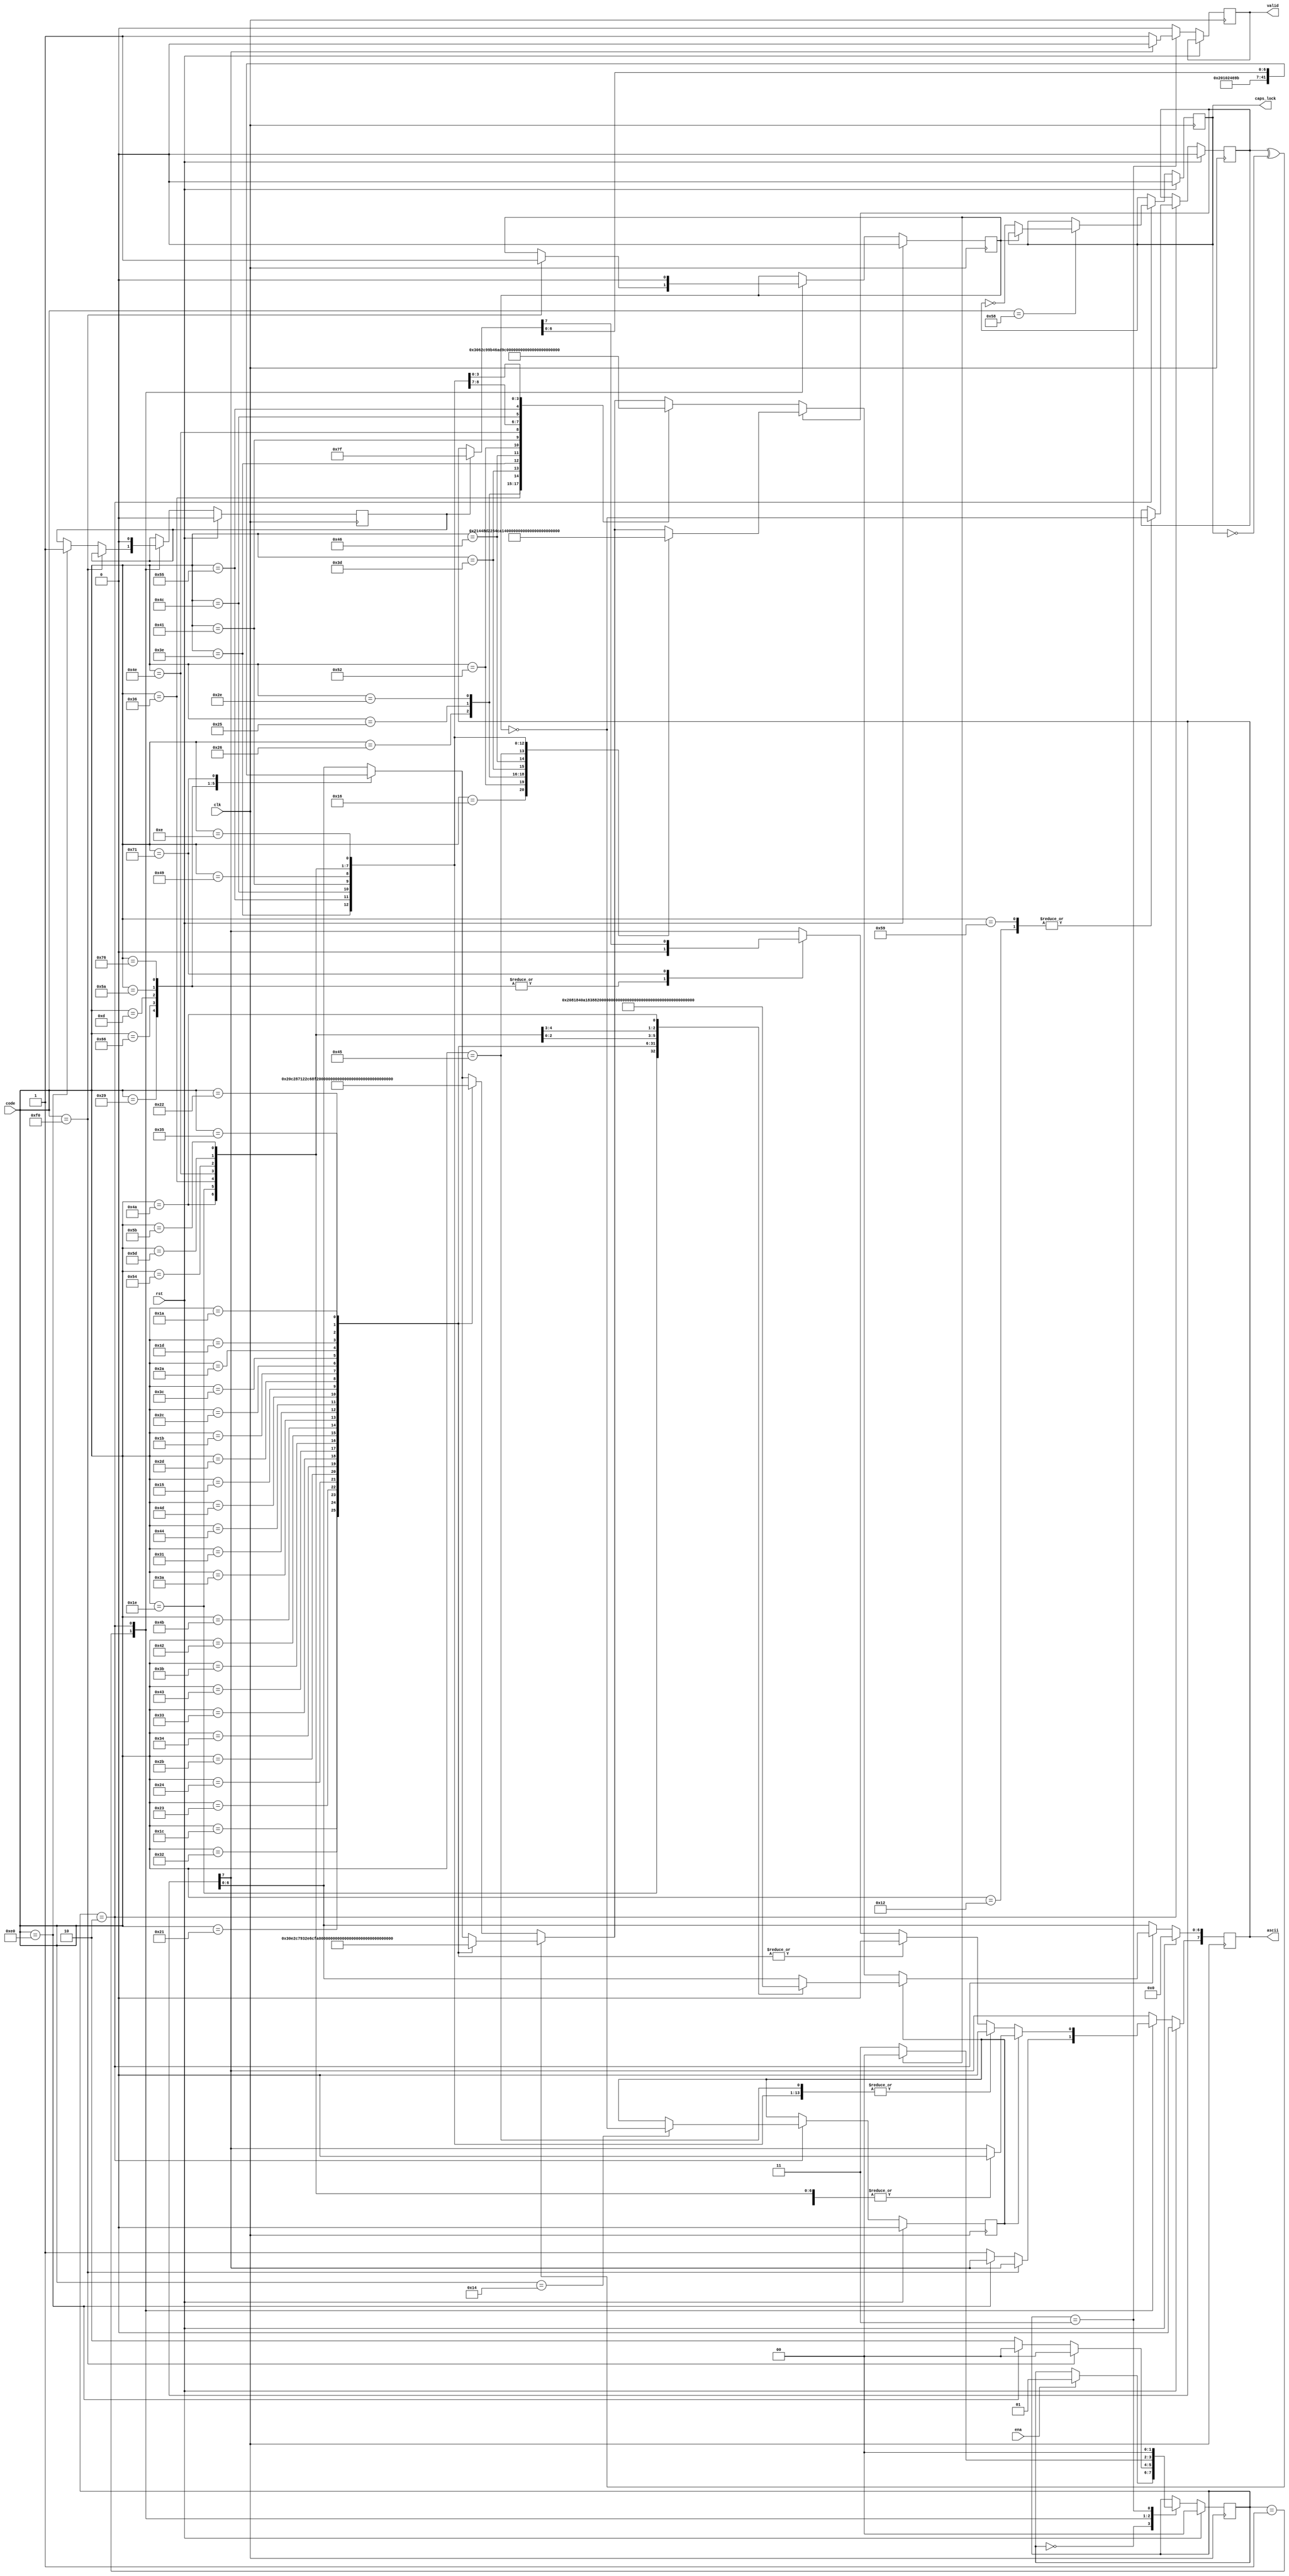
// This program was cloned from: https://github.com/emeb/up5k_basic
// License: MIT License

// ps2_decode.v - ps2 decoder submodule
// 05-30-19 E. Brombaugh
// modified from ps2_keyboard_to_ascii.vhd
// https://www.digikey.com/eewiki/pages/viewpage.action?pageId=28279002

`default_nettype none

module ps2_decode(
	input clk,				// system clock
	input rst,				// system reset
	input ena,				// input val
	input [7:0] code,		// code input
	output reg [7:0] ascii,	// decoded output
	output reg valid,		// output valid
	output reg caps_lock	// state of caps_lock
);
	// states
	localparam ST_READY = 2'b00;
	localparam ST_NEW_CODE = 2'b01;
	localparam ST_TRANSLATE = 2'b10;
	localparam ST_OUTPUT = 2'b11;
	
	// regs
	reg [1:0] state;
	reg brk_flag, e0_code, control, shift;
	
	// state machine
	always @(posedge clk)
		if(rst)
		begin
			state <= ST_READY;
			brk_flag <= 1'b0;
			e0_code <= 1'b0;
			caps_lock <= 1'b0;
			control <= 1'b0;
			shift <= 1'b0;
			ascii <= 8'h00;
		end
		else
		begin
			// valid defaults to inactive
			valid <= 1'b0;
			
			// handle state transitions and processing
			case(state)
				ST_READY:
					// Waiting for scan code
					if(ena)
						state <= ST_NEW_CODE;
				
				ST_NEW_CODE:
					// process new scancode
					if(code == 8'hf0)
					begin
						brk_flag <=1'b1;
						state <= ST_READY;
					end
					else if(code == 8'he0)
					begin
						e0_code <= 1'b1;
						state <= ST_READY;
					end
					else
					begin
						ascii[7] <= 1'b1;
						state <= ST_TRANSLATE;
					end
								
				ST_TRANSLATE:
				begin
					// reset flags
					brk_flag <= 1'b0;
					e0_code <= 1'b0;
					
					// handle modifier keys
					case(code)
						8'h58: caps_lock <= brk_flag ? caps_lock : !caps_lock;	// caps lock code
						8'h14: control <= !brk_flag;	// control (l or r w/ e0)
						8'h12: shift <= !brk_flag;	// left shift
						8'h59: shift <= !brk_flag;	// right shift
					endcase
					
					// control keys
					if(control)
						case(code)
							8'h1E: ascii <= 8'h00; //^@  NUL
							8'h1C: ascii <= 8'h01; //^A  SOH
							8'h32: ascii <= 8'h02; //^B  STX
							8'h21: ascii <= 8'h03; //^C  ETX
							8'h23: ascii <= 8'h04; //^D  EOT
							8'h24: ascii <= 8'h05; //^E  ENQ
							8'h2B: ascii <= 8'h06; //^F  ACK
							8'h34: ascii <= 8'h07; //^G  BEL
							8'h33: ascii <= 8'h08; //^H  BS
							8'h43: ascii <= 8'h09; //^I  HT
							8'h3B: ascii <= 8'h0A; //^J  LF
							8'h42: ascii <= 8'h0B; //^K  VT
							8'h4B: ascii <= 8'h0C; //^L  FF
							8'h3A: ascii <= 8'h0D; //^M  CR
							8'h31: ascii <= 8'h0E; //^N  SO
							8'h44: ascii <= 8'h0F; //^O  SI
							8'h4D: ascii <= 8'h10; //^P  DLE
							8'h15: ascii <= 8'h11; //^Q  DC1
							8'h2D: ascii <= 8'h12; //^R  DC2
							8'h1B: ascii <= 8'h13; //^S  DC3
							8'h2C: ascii <= 8'h14; //^T  DC4
							8'h3C: ascii <= 8'h15; //^U  NAK
							8'h2A: ascii <= 8'h16; //^V  SYN
							8'h1D: ascii <= 8'h17; //^W  ETB
							8'h22: ascii <= 8'h18; //^X  CAN
							8'h35: ascii <= 8'h19; //^Y  EM
							8'h1A: ascii <= 8'h1A; //^Z  SUB
							8'h54: ascii <= 8'h1B; //^[  ESC
							8'h5D: ascii <= 8'h1C; //^\  FS
							8'h5B: ascii <= 8'h1D; //^]  GS
							8'h36: ascii <= 8'h1E; //^^  RS
							8'h4E: ascii <= 8'h1F; //^_  US
							8'h4A: ascii <= 8'h7F; //^?  DEL
						endcase
					else
					begin
						// keys that don't depend on shift state
						case(code)
							8'h29: ascii <= 8'h20; //space
							8'h66: ascii <= 8'h08; //backspace (BS control code)
							8'h0D: ascii <= 8'h09; //tab (HT control code)
							8'h5A: ascii <= 8'h0D; //enter (CR control code)
							8'h76: ascii <= 8'h1B; //escape (ESC control code)
							8'h71: ascii <= e0_code ? 8'h7f : ascii; //delete							
						endcase
						
						// keys that depend on shift and caps_lock
						if(shift ^ caps_lock == 1'b0)
							case(code)
								8'h1C: ascii <= 8'h61; //a
								8'h32: ascii <= 8'h62; //b
								8'h21: ascii <= 8'h63; //c
								8'h23: ascii <= 8'h64; //d
								8'h24: ascii <= 8'h65; //e
								8'h2B: ascii <= 8'h66; //f
								8'h34: ascii <= 8'h67; //g
								8'h33: ascii <= 8'h68; //h
								8'h43: ascii <= 8'h69; //i
								8'h3B: ascii <= 8'h6A; //j
								8'h42: ascii <= 8'h6B; //k
								8'h4B: ascii <= 8'h6C; //l
								8'h3A: ascii <= 8'h6D; //m
								8'h31: ascii <= 8'h6E; //n
								8'h44: ascii <= 8'h6F; //o
								8'h4D: ascii <= 8'h70; //p
								8'h15: ascii <= 8'h71; //q
								8'h2D: ascii <= 8'h72; //r
								8'h1B: ascii <= 8'h73; //s
								8'h2C: ascii <= 8'h74; //t
								8'h3C: ascii <= 8'h75; //u
								8'h2A: ascii <= 8'h76; //v
								8'h1D: ascii <= 8'h77; //w
								8'h22: ascii <= 8'h78; //x
								8'h35: ascii <= 8'h79; //y
								8'h1A: ascii <= 8'h7A; //z
							endcase
						else
							case(code)
								8'h1C: ascii <= 8'h41; //A
								8'h32: ascii <= 8'h42; //B
								8'h21: ascii <= 8'h43; //C
								8'h23: ascii <= 8'h44; //D
								8'h24: ascii <= 8'h45; //E
								8'h2B: ascii <= 8'h46; //F
								8'h34: ascii <= 8'h47; //G
								8'h33: ascii <= 8'h48; //H
								8'h43: ascii <= 8'h49; //I
								8'h3B: ascii <= 8'h4A; //J
								8'h42: ascii <= 8'h4B; //K
								8'h4B: ascii <= 8'h4C; //L
								8'h3A: ascii <= 8'h4D; //M
								8'h31: ascii <= 8'h4E; //N
								8'h44: ascii <= 8'h4F; //O
								8'h4D: ascii <= 8'h50; //P
								8'h15: ascii <= 8'h51; //Q
								8'h2D: ascii <= 8'h52; //R
								8'h1B: ascii <= 8'h53; //S
								8'h2C: ascii <= 8'h54; //T
								8'h3C: ascii <= 8'h55; //U
								8'h2A: ascii <= 8'h56; //V
								8'h1D: ascii <= 8'h57; //W
								8'h22: ascii <= 8'h58; //X
								8'h35: ascii <= 8'h59; //Y
								8'h1A: ascii <= 8'h5A; //Z
							endcase
							
						// numbers and symbols only depend on shift
						if(shift)
							case(code)
								8'h16: ascii <= 8'h21; //!
								8'h52: ascii <= 8'h22; //"
								8'h26: ascii <= 8'h23; //#
								8'h25: ascii <= 8'h24; //$
								8'h2E: ascii <= 8'h25; //%
								8'h3D: ascii <= 8'h26; //&              
								8'h46: ascii <= 8'h28; //(
								8'h45: ascii <= 8'h29; //)
								8'h3E: ascii <= 8'h2A; //*
								8'h55: ascii <= 8'h2B; //+
								8'h4C: ascii <= 8'h3A; //:
								8'h41: ascii <= 8'h3C; //<
								8'h49: ascii <= 8'h3E; //>
								8'h4A: ascii <= 8'h3F; //?
								8'h1E: ascii <= 8'h40; //@
								8'h36: ascii <= 8'h5E; //^
								8'h4E: ascii <= 8'h5F; //_
								8'h54: ascii <= 8'h7B; //{
								8'h5D: ascii <= 8'h7C; //|
								8'h5B: ascii <= 8'h7D; //}
								8'h0E: ascii <= 8'h7E; //~								
							endcase
						else
							case(code)
								8'h45: ascii <= 8'h30; //0
								8'h16: ascii <= 8'h31; //1
								8'h1E: ascii <= 8'h32; //2
								8'h26: ascii <= 8'h33; //3
								8'h25: ascii <= 8'h34; //4
								8'h2E: ascii <= 8'h35; //5
								8'h36: ascii <= 8'h36; //6
								8'h3D: ascii <= 8'h37; //7
								8'h3E: ascii <= 8'h38; //8
								8'h46: ascii <= 8'h39; //9
								8'h52: ascii <= 8'h27; //'
								8'h41: ascii <= 8'h2C; //,
								8'h4E: ascii <= 8'h2D; //-
								8'h49: ascii <= 8'h2E; //.
								8'h4A: ascii <= 8'h2F; ///
								8'h4C: ascii <= 8'h3B; //;
								8'h55: ascii <= 8'h3D; //=
								8'h54: ascii <= 8'h5B; //[
								8'h5D: ascii <= 8'h5C; //\
								8'h5B: ascii <= 8'h5D; //]
								8'h0E: ascii <= 8'h60; //`
							endcase
					end
					
					// if brk_flag then return to ready, else output
					state <= brk_flag ? ST_READY : ST_OUTPUT;
				end
				
				ST_OUTPUT:
				begin
					// msbit flags 
					if(!ascii[7])
						valid <= 1'b1;
					state <= ST_READY;
				end
				
				default:
				begin
					// self-correction
					state <= ST_READY;
					brk_flag <= 1'b0;
					e0_code <= 1'b0;
					caps_lock <= 1'b0;
					control <= 1'b0;
					shift <= 1'b0;
				end
			endcase
		end
endmodule